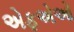
એફએઓ